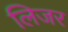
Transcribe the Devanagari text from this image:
लिजर